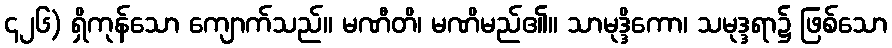
၄၂၆) ရှိကုန်သော ကျောက်သည်။ မဏီတိ၊ မဏိမည်၏။ သာမုဒ္ဒိကော၊ သမုဒ္ဒရာ၌ ဖြစ်သော